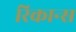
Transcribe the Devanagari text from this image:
रिकान्स